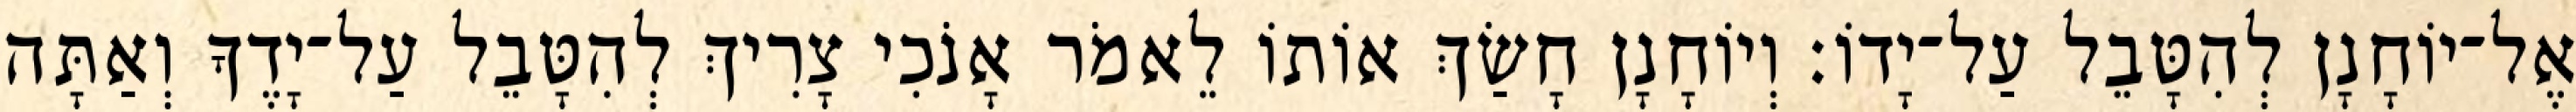
אֶל־יוֹחָנָן לְהִטָּבֵל עַל־יָדוֹ׃ וְיוֹחָנָן חָשַׂךְ אוֹתוֹ לֵאמֹר אָנֹכִי צָרִיךְ לְהִטָּבֵל עַל־יָדֶךָ וְאַתָּה